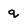
Character: q